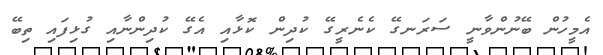
އެމީހުން ބޭނުންވާނީ ސަރަނގޭ ކެނެރީގޭ ކުދިން ކޮޅާއި އެގޭ ކުދިންނާއި ގުޅިފައި ތިބޭ